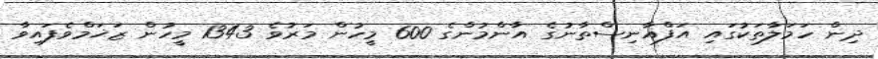
ދިން ހަމަލާތަކުގައި އަފްޣާނިސްތާނުގެ އާންމުންގެ 600 މީހުން މަރުވެ 1343 މީހުން ޒަޚަމްވެފައިވާ